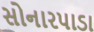
સોનારપાડા